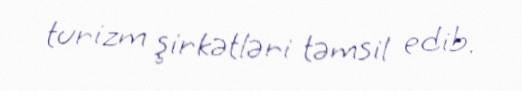
turizm şirkətləri təmsil edib.